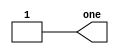
//Build a circuit with no inputs and no output that outputs a constant 1
module top_module( output one );

// Insert your code here
    assign one = 1;

endmodule